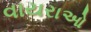
વાયરાઓ